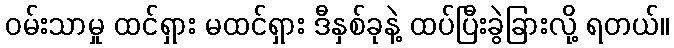
ဝမ်းသာမှု ထင်ရှား မထင်ရှား ဒီနှစ်ခုနဲ့ ထပ်ပြီးခွဲခြားလို့ ရတယ်။